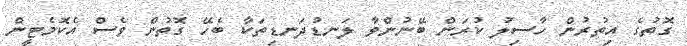
ގޮތުގެ އިތުރުން ހާސިލު ކުރަން ބޭނުންވާ ލަނޑުދަނޑިތަކާ ބެހޭ ގޮތުން ވެސް އެކޮމެޓީން